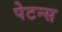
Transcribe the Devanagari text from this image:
पेटन्स